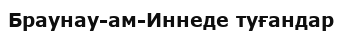
Браунау-ам-Иннеде туғандар